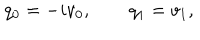
q _ { 0 } = - i v _ { 0 } , \qquad q _ { 1 } = v _ { 1 } ,